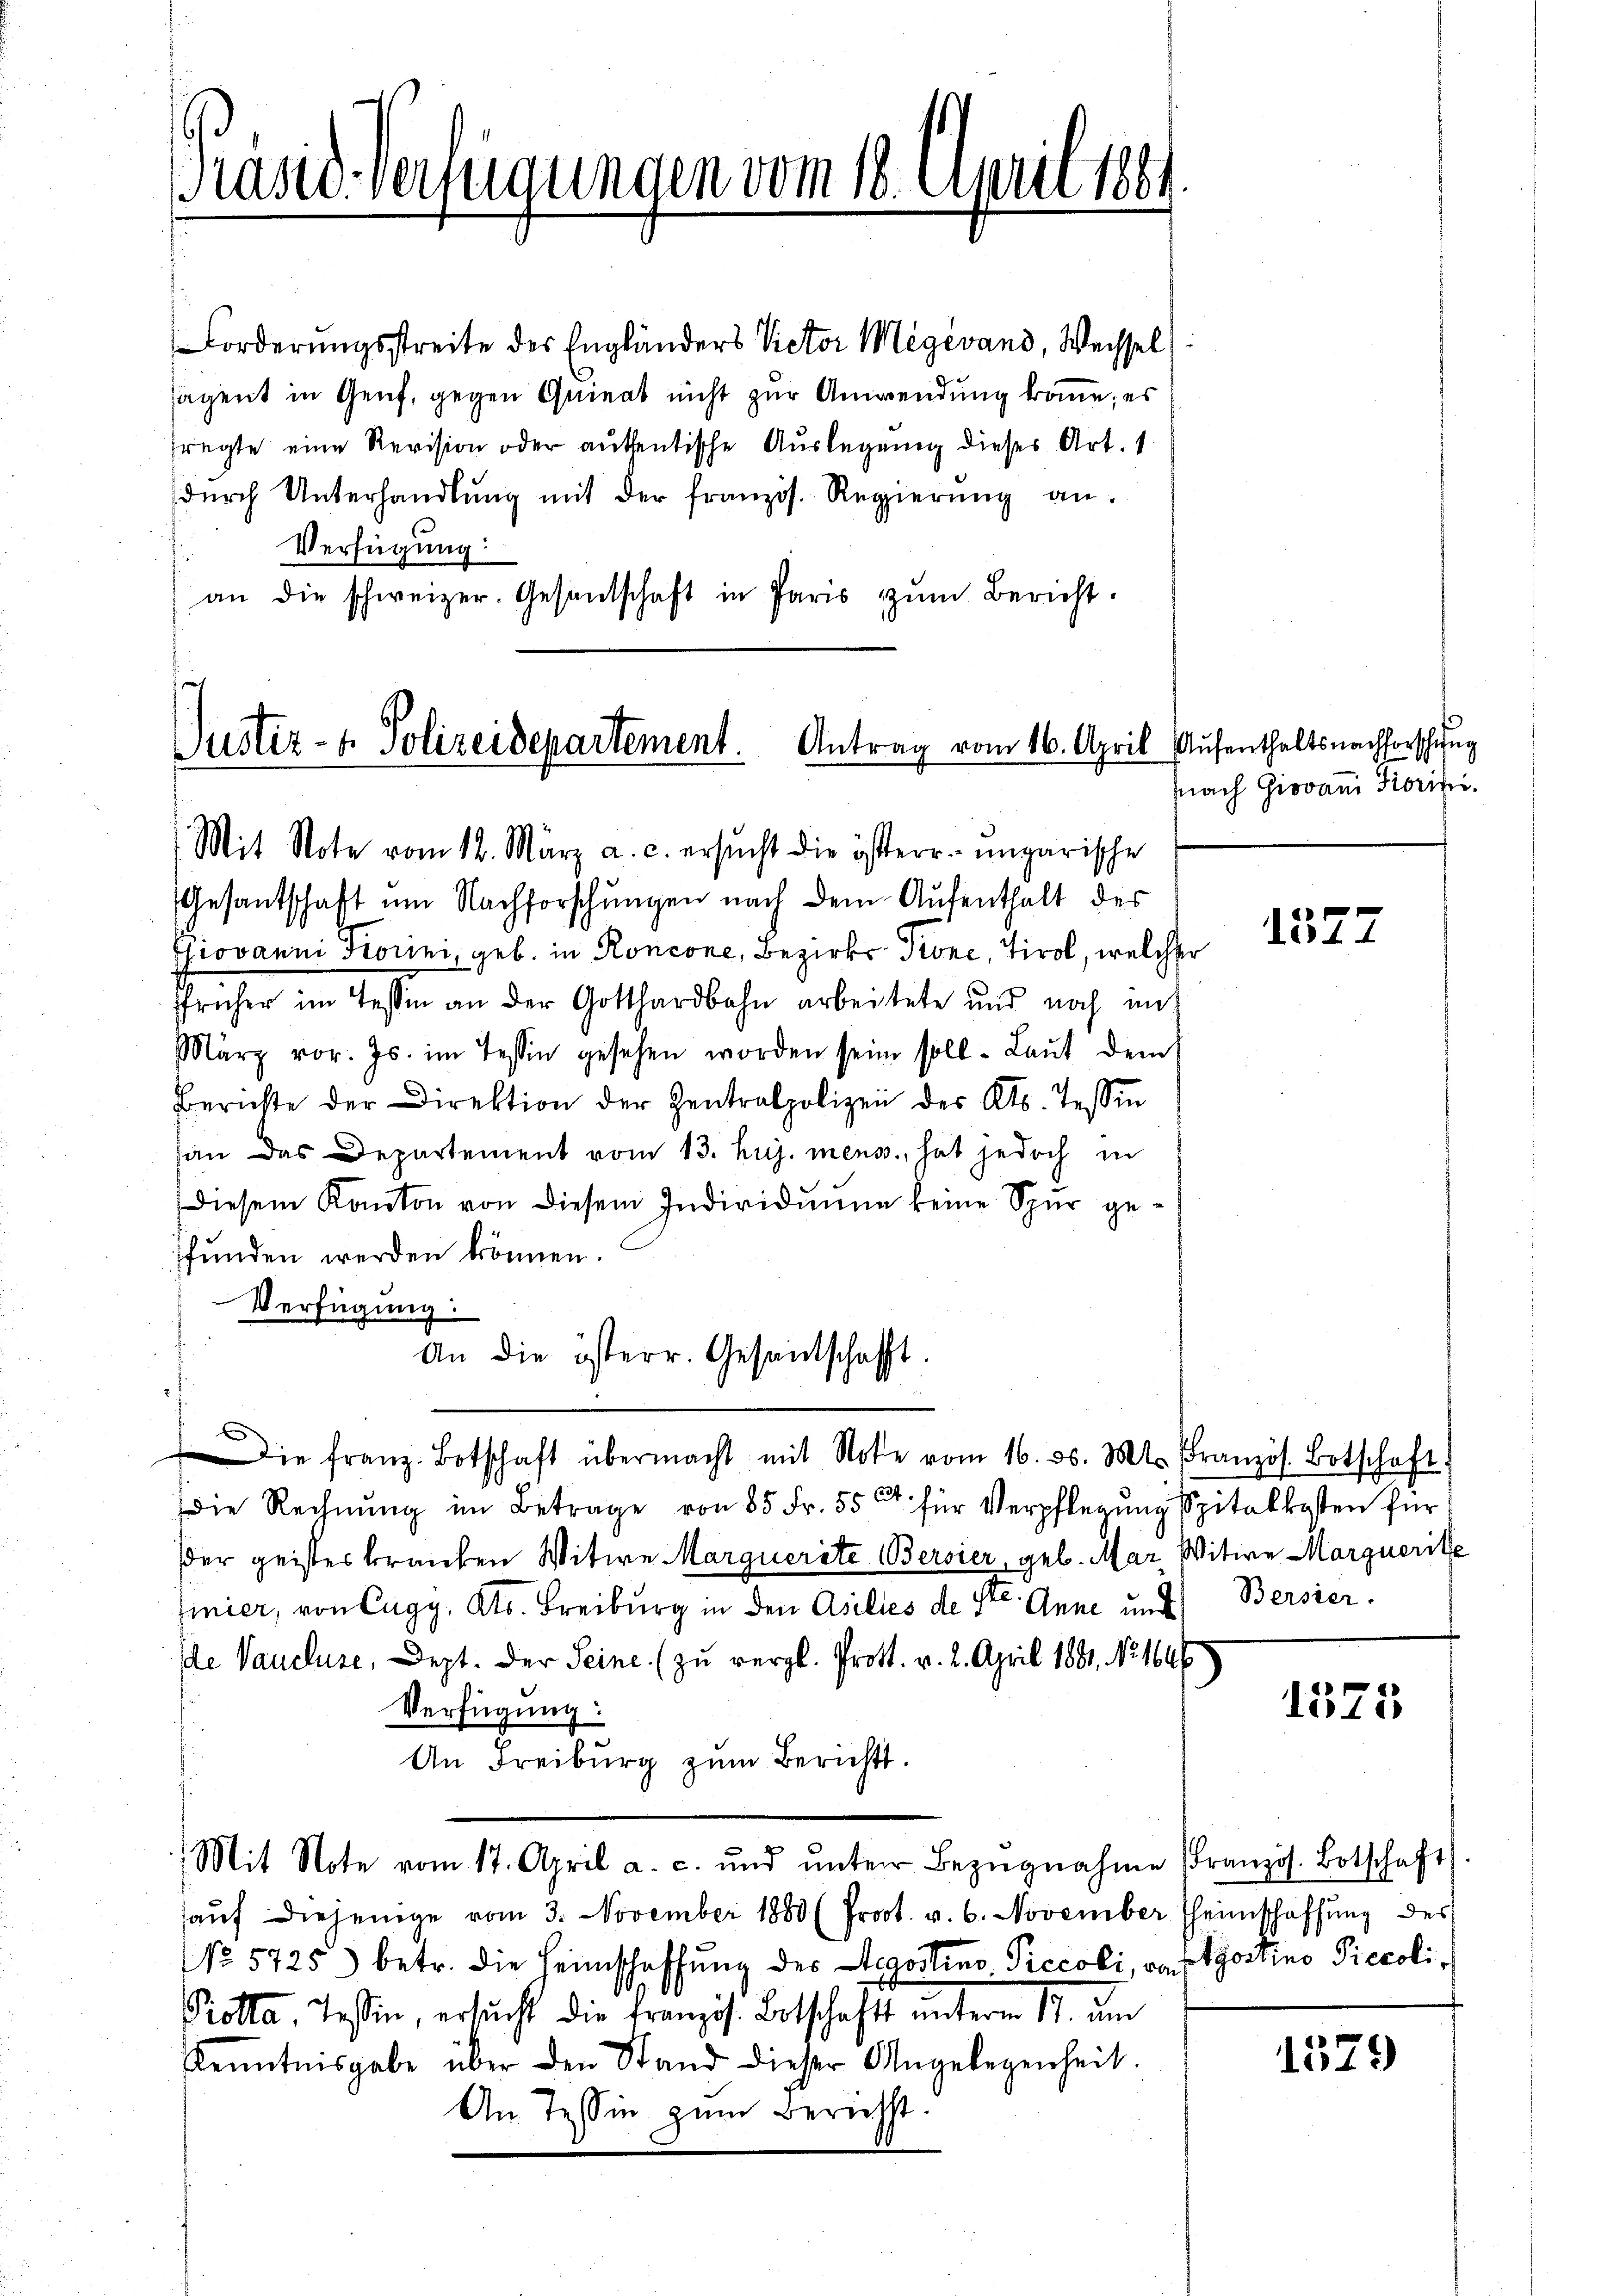
Präsid. Verfügungen vom 18. April 186.

Forderungsstreite des Engländers Victor Megévand, Wechsel,
sägent in Genf, gegen Quieat nicht zur Anwendung komme; es
fragte eine Revision oder authentische Auslegung dieses Art. 1
dŭrch Unterhandlŭng mit der französ. Regierŭng an.
Verfügung:
an die schweizer. Gesandschaft in Paris zŭm Bericht.

Justiz- & Polizeidepartement. Antrag vom 16. April Aufenthaltsnachforschung

Mit Note vom 12. März a. c. ersucht die österr. ungarische
Gesantschaft um Nachforschungen nach dem Aufenthalt der
Giovanni Fiorini, geb. in Roncone, Bezirks Pione, Tirol, welcher
ffrüher im Tessin an der Gotthardbahn arbeitete und noch mit
März vor. Js. im Tessin gesehen worden sein soll. Laŭt dem
Berichte der Direktion der Zentralpolizei des Kts. Tessin
an das Departement vom 13. huj. mens, hat jedoch in
diesem Kanton von diesem Individuum keine Spur gefunden werden können.
Verfügung:
An die österr. Gesandschafft.
Die franz. Botschaft übermacht mit Note vom 16. d. Mts. Französ. Botschaft
Die Rechnŭng im Betrage von 85 Fr. 550 für Verpflegŭng Spitalkosten für
der geistes kranken Witwe Marquerite Bersier, geb. Mar Witwe Marguerite
finier, von Cugy, Kts. Freiburg in den Asilies de Str. Anne und Bersier.
Ide Vaucluse, Dept. Der Seine (zu vergl. Prott. v. 2. April 1881, No 1646
Verfügung:
An Freiburg zum Berichts.
Mit Note vom 17. April a. c. ŭnd ŭnter Bezŭgnahme französ. Botschaft
aŭf diejenige vom 3. November 1880 (Proot. v. 6. November Theimschaffŭng des
No 5725) betr. die Heimschaffŭng des Legostino Piccoli, von Trostino Piecoli,
Kotta Tessin, ersucht die Französ. Botschafts unterm 17. um
Kenntnisgabe über den Stand dieser Angelegenheit.
An Tessin zum Berichst.

Nach Giovan Giorisi

1377

1375

1579